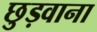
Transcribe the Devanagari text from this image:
छुड़वाना